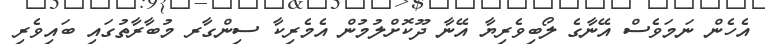
އެހެން ނަމަވެސް އޭނާގެ ލޯބިވެރިޔާ އޭނާ ދޫކޮށްލުމުން އެމެރިކާ ސިންގާރ މުބާރާތުގައި ބައިވެރި